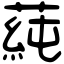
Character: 蒓